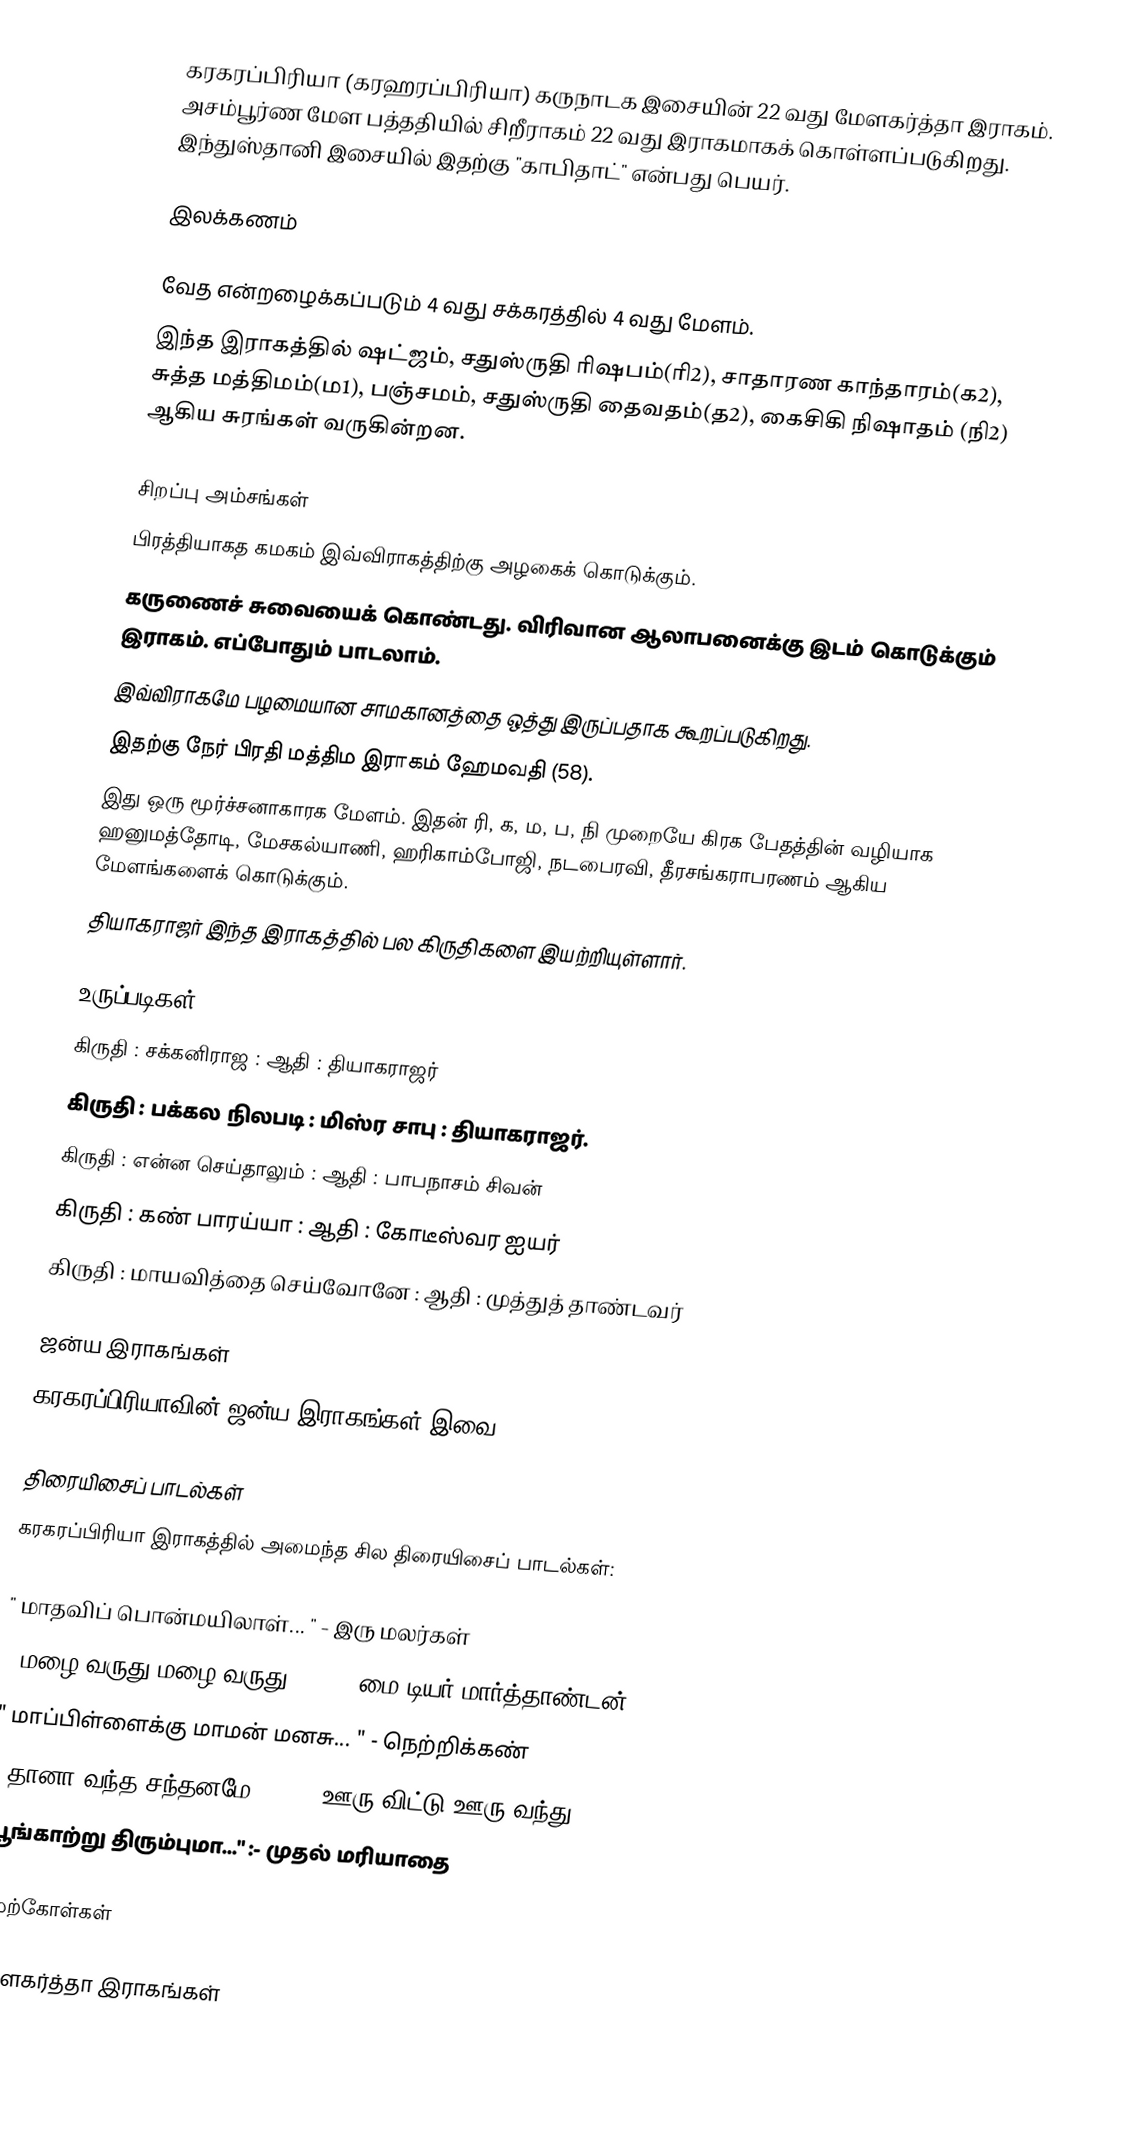
கரகரப்பிரியா (கரஹரப்பிரியா) கருநாடக இசையின் 22 வது மேளகர்த்தா இராகம். அசம்பூர்ண மேள பத்ததியில் சிறீராகம் 22 வது இராகமாகக் கொள்ளப்படுகிறது. இந்துஸ்தானி இசையில் இதற்கு "காபிதாட்" என்பது பெயர்.

இலக்கணம்

 வேத என்றழைக்கப்படும் 4 வது சக்கரத்தில் 4 வது மேளம்.
 இந்த இராகத்தில் ஷட்ஜம், சதுஸ்ருதி ரிஷபம்(ரி2), சாதாரண காந்தாரம்(க2), சுத்த மத்திமம்(ம1), பஞ்சமம், சதுஸ்ருதி தைவதம்(த2), கைசிகி நிஷாதம் (நி2) ஆகிய சுரங்கள் வருகின்றன.

சிறப்பு அம்சங்கள்
 பிரத்தியாகத கமகம் இவ்விராகத்திற்கு அழகைக் கொடுக்கும்.
 கருணைச் சுவையைக் கொண்டது. விரிவான ஆலாபனைக்கு இடம் கொடுக்கும் இராகம். எப்போதும் பாடலாம்.
 இவ்விராகமே பழமையான சாமகானத்தை ஒத்து இருப்பதாக கூறப்படுகிறது.
 இதற்கு நேர் பிரதி மத்திம இராகம் ஹேமவதி (58).
 இது ஒரு மூர்ச்சனாகாரக மேளம். இதன் ரி, க, ம, ப, நி முறையே கிரக பேதத்தின் வழியாக ஹனுமத்தோடி, மேசகல்யாணி, ஹரிகாம்போஜி, நடபைரவி, தீரசங்கராபரணம் ஆகிய மேளங்களைக் கொடுக்கும்.
 தியாகராஜர் இந்த இராகத்தில் பல கிருதிகளை இயற்றியுள்ளார்.

உருப்படிகள்
 கிருதி : சக்கனிராஜ		: ஆதி		: தியாகராஜர்
 கிருதி	: பக்கல நிலபடி			: மிஸ்ர சாபு	: தியாகராஜர்.
 கிருதி	: என்ன செய்தாலும்		: ஆதி		: பாபநாசம் சிவன்
 கிருதி	: கண் பாரய்யா			: ஆதி		: கோடீஸ்வர ஐயர்
 கிருதி	: மாயவித்தை செய்வோனே	: ஆதி		: முத்துத் தாண்டவர்

ஜன்ய இராகங்கள்
கரகரப்பிரியாவின் ஜன்ய இராகங்கள் இவை.

திரையிசைப் பாடல்கள்
கரகரப்பிரியா இராகத்தில் அமைந்த சில திரையிசைப் பாடல்கள்:

 " மாதவிப் பொன்மயிலாள்... "       -  இரு மலர்கள்
 " மழை வருது மழை வருது... "     - மை டியர் மார்த்தாண்டன்
 " மாப்பிள்ளைக்கு மாமன் மனசு... "  - நெற்றிக்கண்
 " தானா வந்த சந்தனமே... "        - ஊரு விட்டு ஊரு வந்து
 "பூங்காற்று திரும்புமா..." :- முதல் மரியாதை

மேற்கோள்கள்

மேளகர்த்தா இராகங்கள்